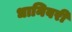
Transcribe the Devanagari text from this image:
धानिवरी